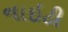
નાઇટી